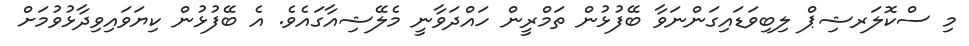
މި ސްކޮލަރޝިޕް ލިބިވަޑައިގަންނަވާ ބޭފުޅުން ތަމްރީން ހައްދަވާނީ މެލޭޝިއާގައެވެ. އެ ބޭފުޅުން ކިޔަވައިވިދާޅުވުމަށް